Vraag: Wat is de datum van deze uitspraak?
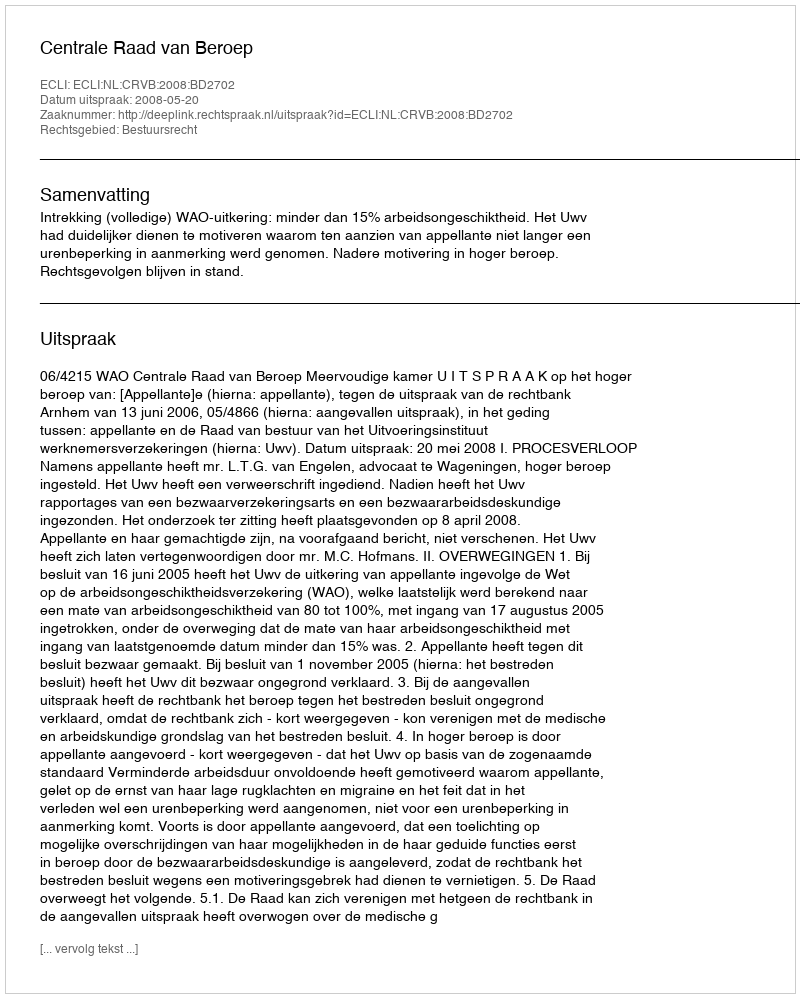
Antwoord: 2008-05-20